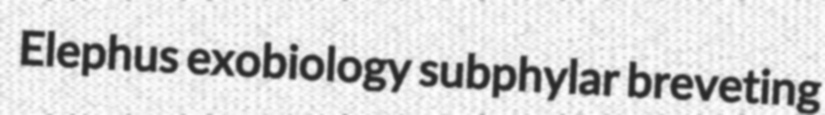
Elephus exobiology subphylar breveting